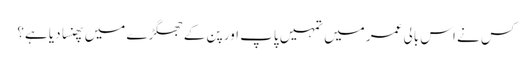
کس نے اس بالی عمر میں تمہیں پاپ اور پن کے جھگڑے میں پھنسا دیا ہے؟